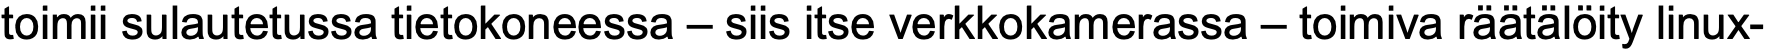
toimii sulautetussa tietokoneessa – siis itse verkkokamerassa – toimiva räätälöity linux-